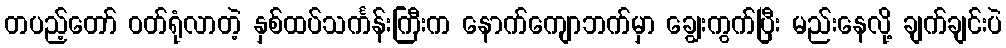
တပည့်တော် ဝတ်ရုံလာတဲ့ နှစ်ထပ်သင်္ကန်းကြီးက နောက်ကျောဘက်မှာ ချွေးကွက်ပြီး မည်းနေလို့ ချက်ချင်းပဲ